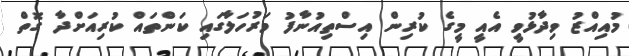
މުއިއްޒު ވިދާޅުވީ އެއީ މީގެ ކުރިން އިސްތިއުނާފު މަރުހަލާގައި ކަންތައް ކުރިއަށްދާ ގޮތް